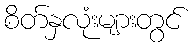
စိတ်နှလုံးများတွင်